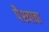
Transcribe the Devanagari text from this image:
पैश्याचा